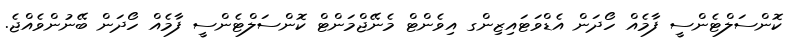
ކޮންސަލްޓެންސީ ފާމެއް ހޯދަން އެޑްވަޓައިޒިންގ އިވެންޓް މެނޭޖްމަންޓް ކޮންސަލްޓެންސީ ފާމެއް ހޯދަން ބޭނުންވެއްޖެ.